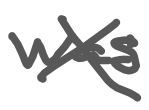
Text: was
Cross-out: cross
Writing tool: digital_gray